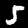
Label: 5